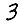
Digit: 3